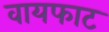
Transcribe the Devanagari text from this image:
वायफाट